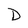
Character: D